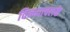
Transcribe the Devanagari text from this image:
विन्ध्याचलके